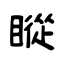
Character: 瞛